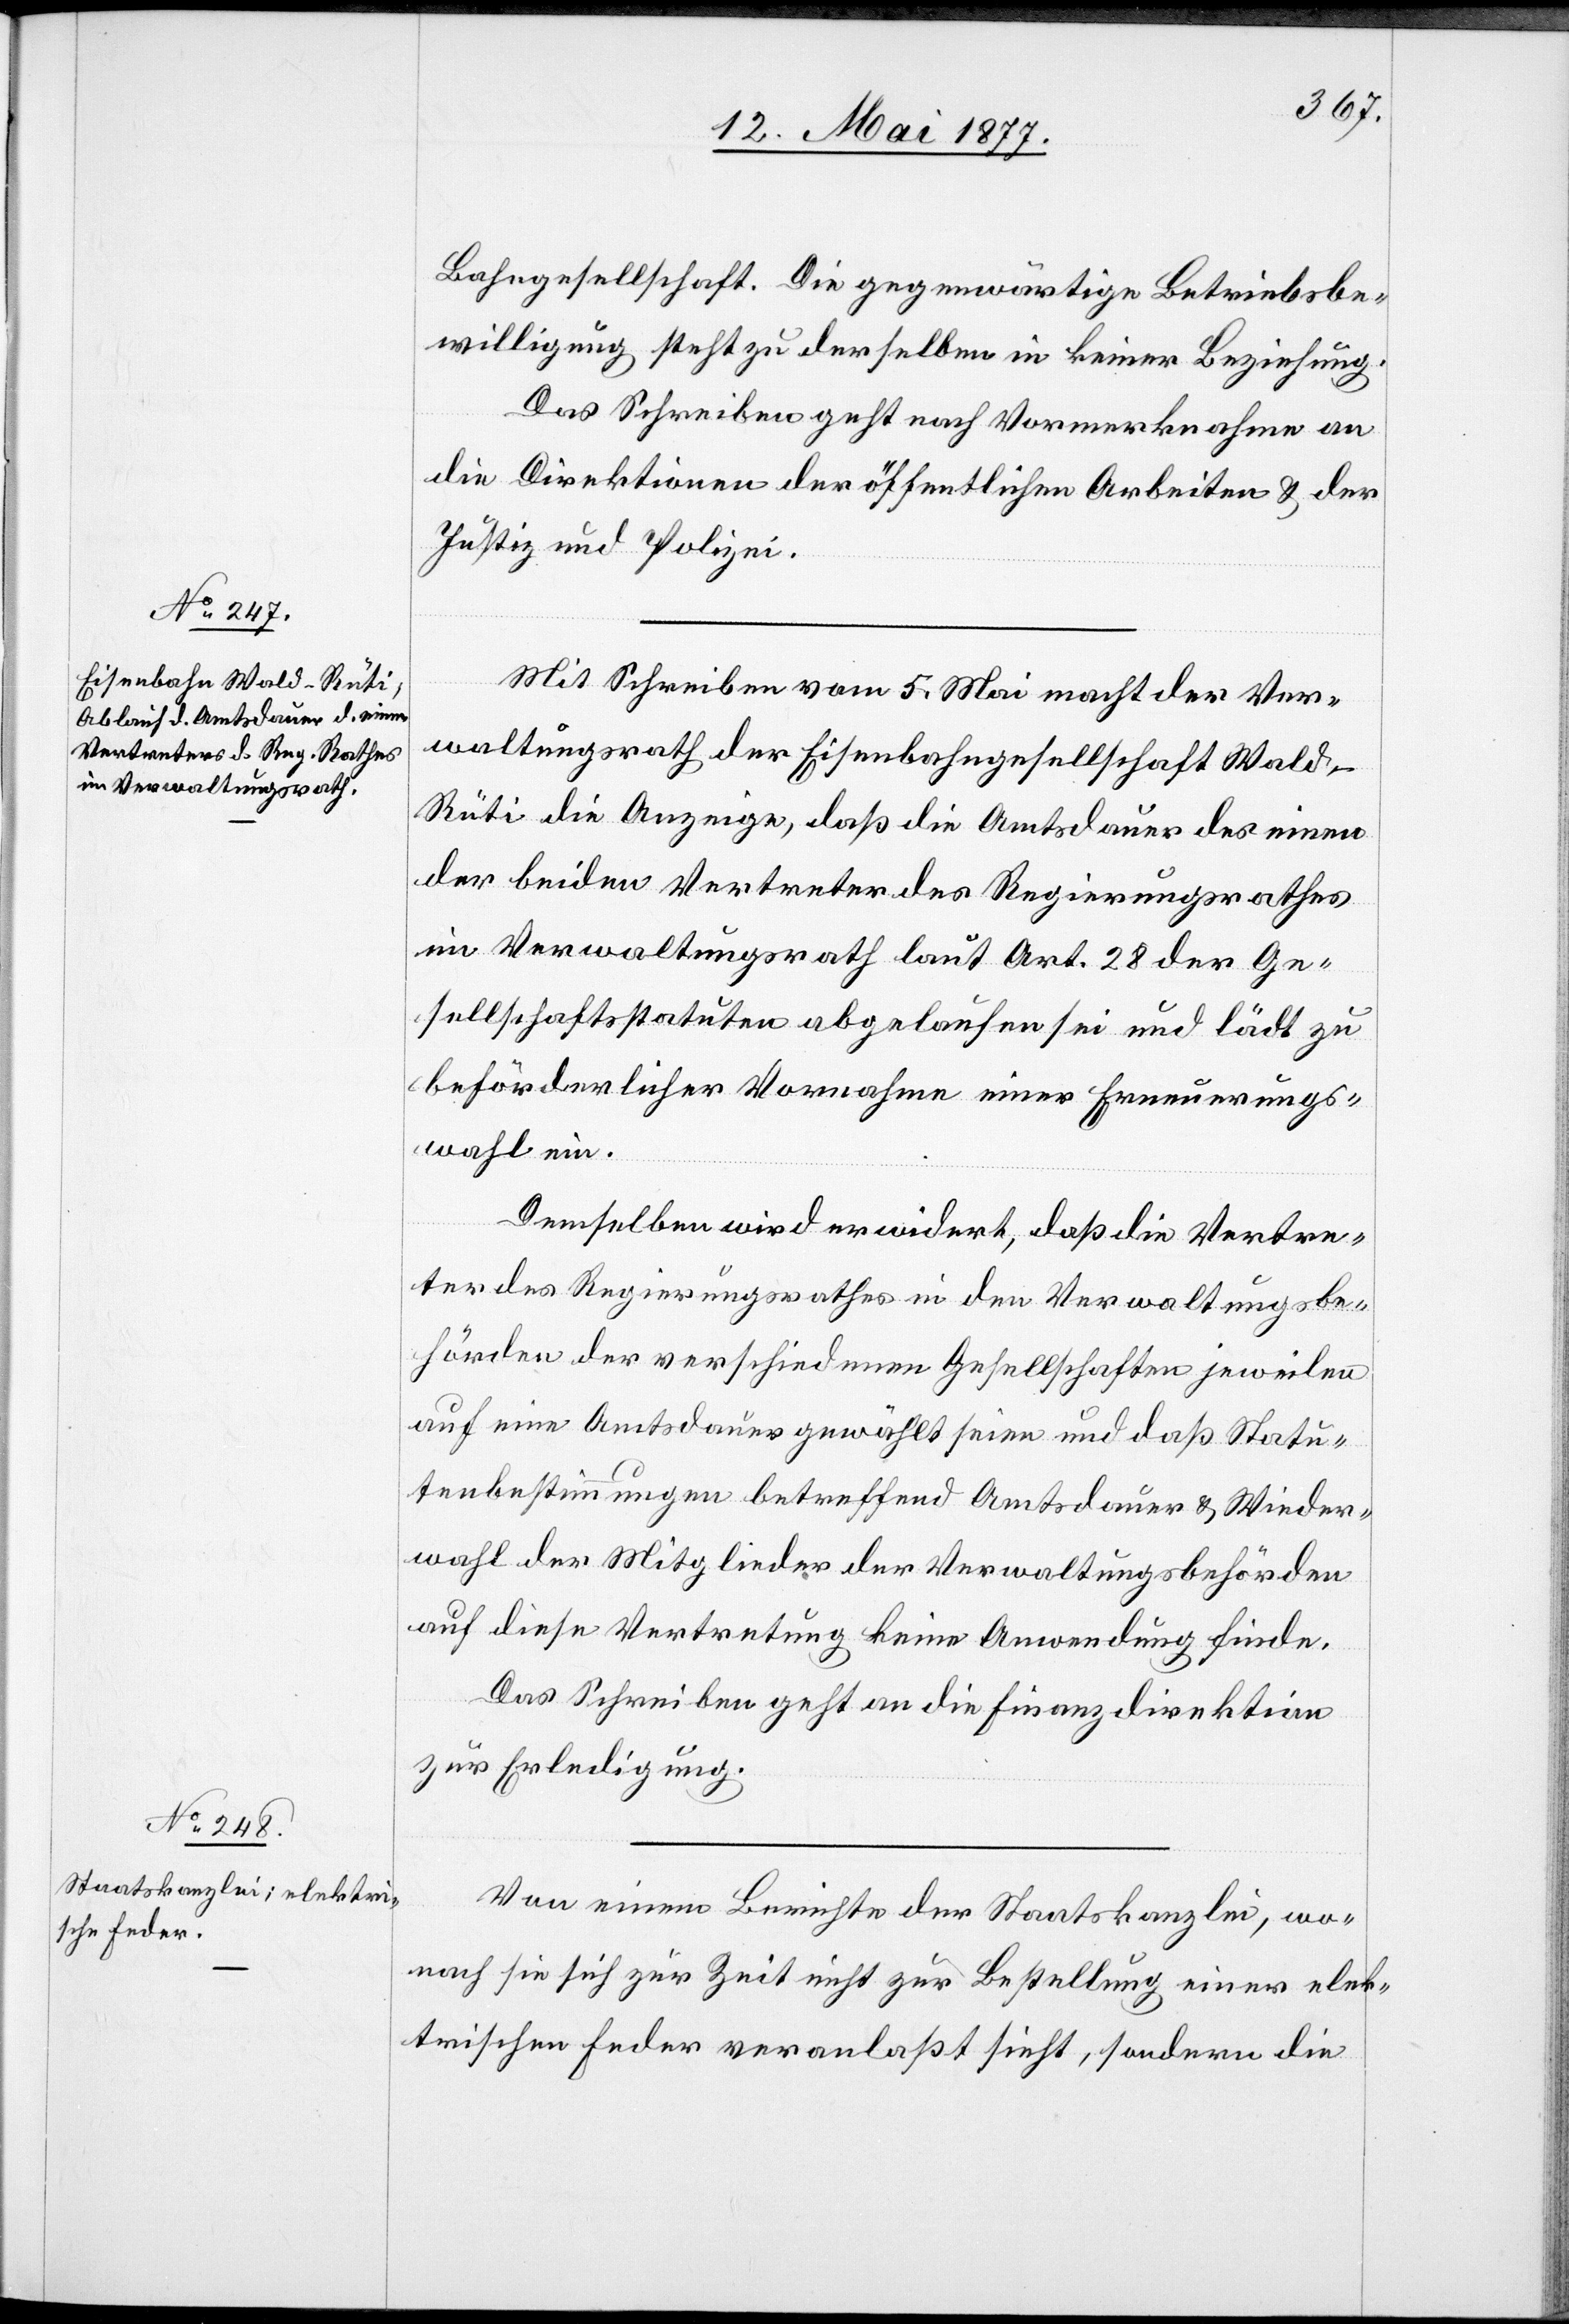
Bahngesellschaft. Die gegenwärtige Betriebsbe¬
willigung steht zu derselben in keiner Beziehung.
Das Schreiben geht nach Vormerknahme an
die Direktionen der öffentlichen Arbeiten & der
Justiz und Polizei.
Mit Schreiben vom 5. Mai macht der Ver¬
waltungsrath der Eisenbahngesellschaft Wald–R¬
üti die Anzeige, daß die Amtsdauer des einen
der beiden Vertreter des Regierungsrathes
im Verwaltungsrath laut Art. 28 der Ge¬
sellschaftsstatuten abgelaufen sei und lädt zu
beförderlicher Vornahme einer Erneuerungs¬
wahl ein.
Demselben wird erwidert, daß die Vertre¬
ter des Regierungsrathes in den Verwaltungsbe¬
hörden der verschiedenen Gesellschaften jeweilen
auf eine Amtsdauer gewählt seien und daß Statu¬
tenbestimmungen betreffend Amtsdauer & Wieder¬
wahl der Mitglieder der Verwaltungsbehörden
auf diese Vertretung keine Anwendung finden.
Das Schreiben geht an die Finanzdirektion
zur Erledigung.
Von einem Berichte der Staatskanzlei, wo¬
nach sie sich zur Zeit nicht zur Bestellung einer elek¬
trischen Feder veranlaßt sieht, sondern die